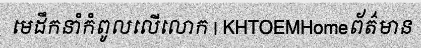
មេដឹកនាំកំពូលលើលោក | KHTOEMHomeព័ត៌មាន